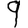
Digit: 9